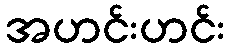
အဟင်းဟင်း